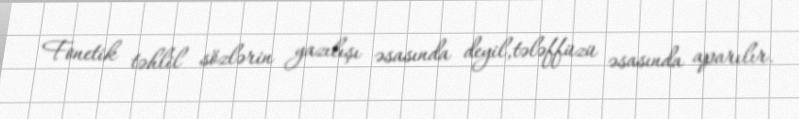
Fonetik təhlil sözlərin yazılışı əsasında deyil,tələffüzü əsasında aparılır.